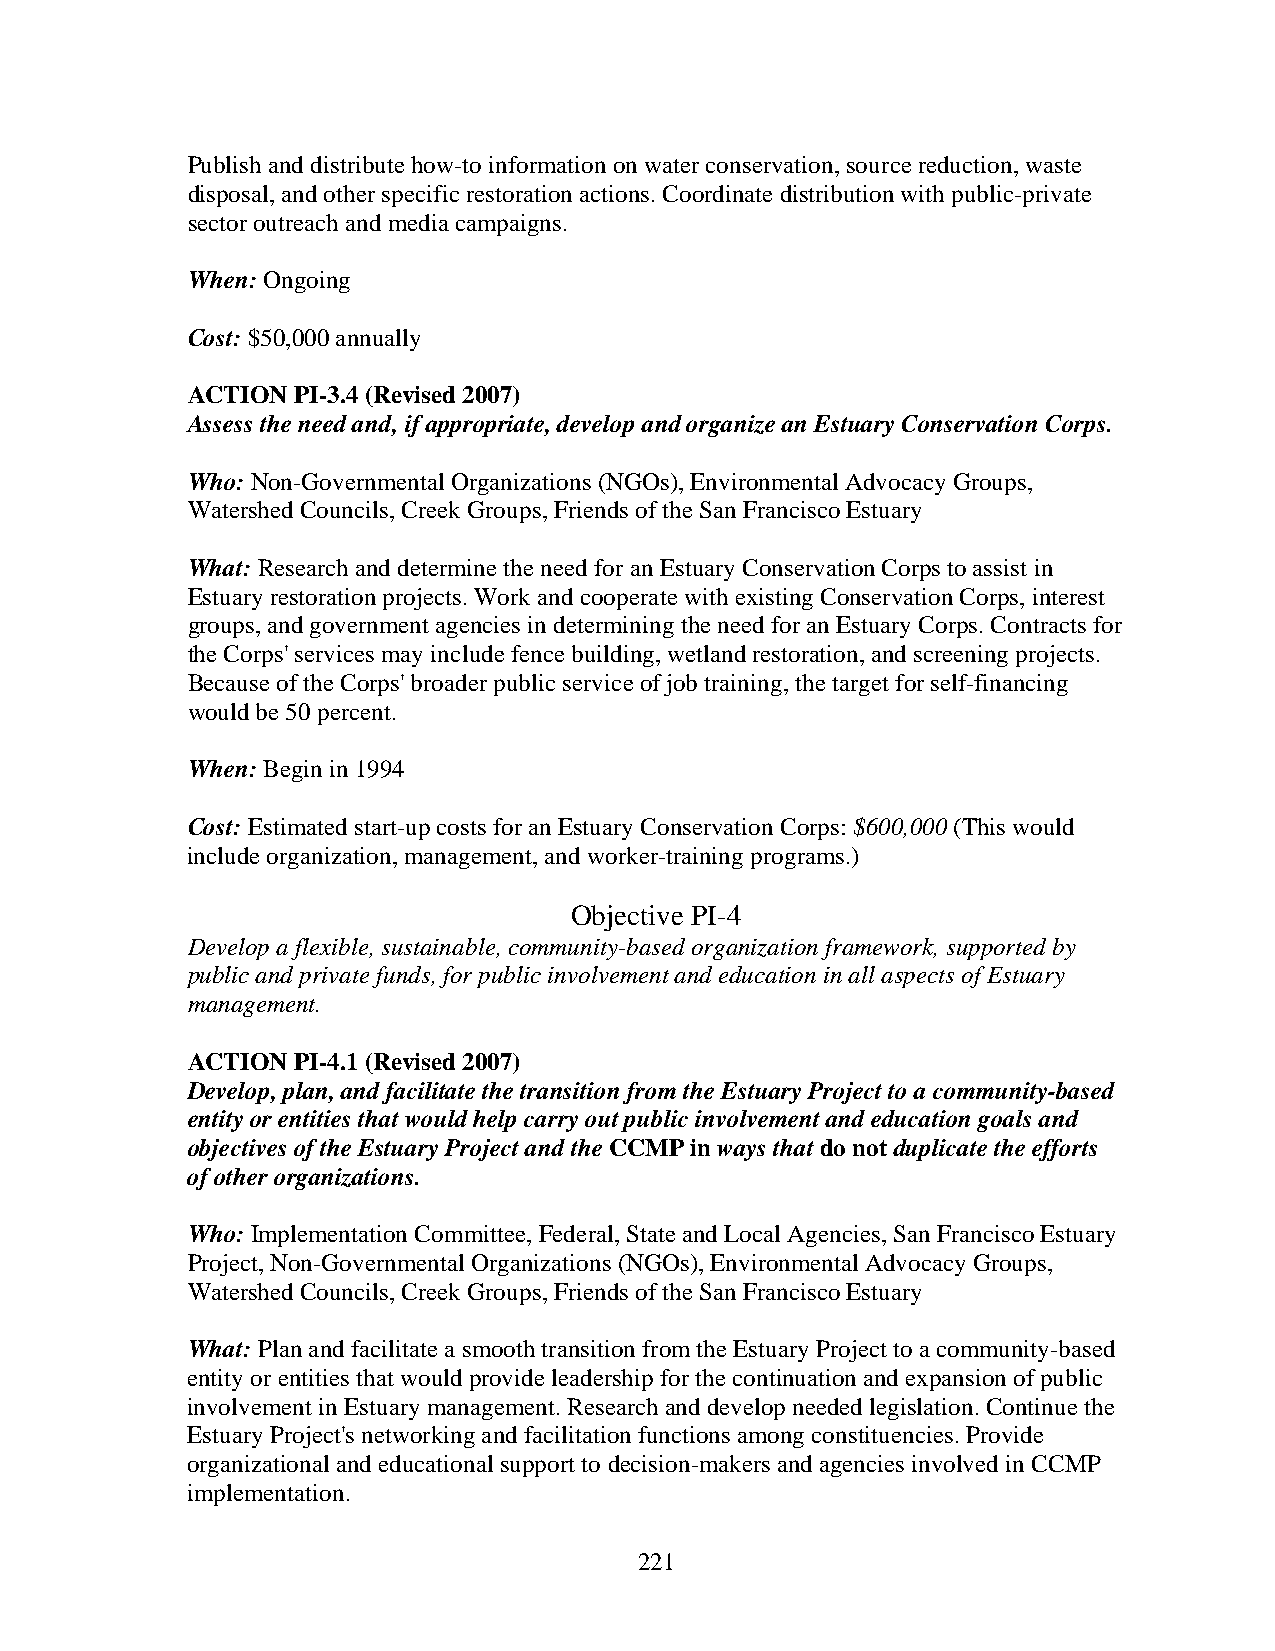
Publish and distribute how-to information on water conservation, source reduction, waste
 disposal, and other specific restoration actions. Coordinate distribution with public-private
 sector outreach and media campaigns.
 When: Ongoing
 Cost: $50,000 annually
 ACTION PI-3.4 (Revised 2007)
 Assess the need and, if appropriate, develop and organize an Estuary Conservation Corps.
 Who: Non-Governmental Organizations (NGOs), Environmental Advocacy Groups,
 Watershed Councils, Creek Groups, Friends of the San Francisco Estuary
 What: Research and determine the need for an Estuary Conservation Corps to assist in
 Estuary restoration projects. Work and cooperate with existing Conservation Corps, interest
 groups, and government agencies in determining the need for an Estuary Corps. Contracts for
 the Corps' services may include fence building, wetland restoration, and screening projects.
 Because of the Corps' broader public service of job training, the target for self-financing
 would be 50 percent.
 When: Begin in 1994
 Cost: Estimated start-up costs for an Estuary Conservation Corps: $600,000 (This would
 include organization, management, and worker-training programs.)
 Objective PI-4
 Develop a flexible, sustainable, community-based organization framework, supported by
 public and private funds, for public involvement and education in all aspects of Estuary
 management.
 ACTION PI-4.1 (Revised 2007)
 Develop, plan, and facilitate the transition from the Estuary Project to a community-based
 entity or entities that would help carry out public involvement and education goals and
 objectives of the Estuary Project and the CCMP in ways that do not duplicate the efforts
 of other organizations.
 Who: Implementation Committee, Federal, State and Local Agencies, San Francisco Estuary
 Project, Non-Governmental Organizations (NGOs), Environmental Advocacy Groups,
 Watershed Councils, Creek Groups, Friends of the San Francisco Estuary
 What: Plan and facilitate a smooth transition from the Estuary Project to a community-based
 entity or entities that would provide leadership for the continuation and expansion of public
 involvement in Estuary management. Research and develop needed legislation. Continue the
 Estuary Project's networking and facilitation functions among constituencies. Provide
 organizational and educational support to decision-makers and agencies involved in CCMP
 implementation.
 221